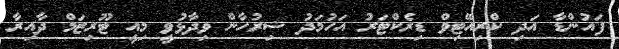
ފައުންޑާ އަދި ކްރިއޭޓިވް ޑިރެކްޓަރު އަހުމަދު ޝިރުހާން ވިދާޅުވީ މިއީ ޓޫރިޒަމް ދާއިރާ